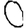
Digit: 0